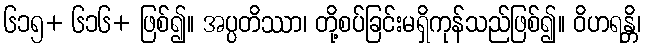
၆၁၅+ ၆၁၆+ ဖြစ်၍။ အပ္ပတိဿာ၊ တို့စပ်ခြင်းမရှိကုန်သည်ဖြစ်၍။ ဝိဟရန္တိ၊